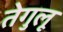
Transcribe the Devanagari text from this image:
तेगुलू